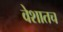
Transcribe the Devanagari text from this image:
वेशातच